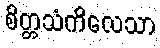
စိတ္တသံကိလေသာ